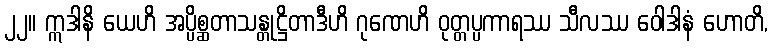
၂၂။ ဣဒါနိ ယေဟိ အပ္ပိစ္ဆတာသန္တုဋ္ဌိတာဒီဟိ ဂုဏေဟိ ဝုတ္တပ္ပကာရဿ သီလဿ ဝေါဒါနံ ဟောတိ,